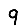
Digit: 9